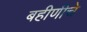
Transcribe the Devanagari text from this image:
बहीणीचे